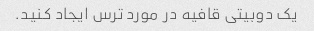
یک دوبیتی قافیه در مورد ترس ایجاد کنید.